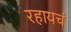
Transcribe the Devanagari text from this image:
रहायचं